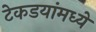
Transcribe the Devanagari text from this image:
टेकडयांमध्ये